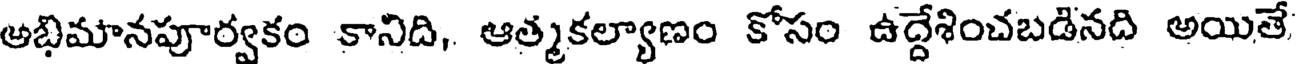
అభిమానపూర్వకం కానిది, ఆత్మకల్యాణం కోసం ఉద్దేశించబడినది అయితే